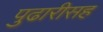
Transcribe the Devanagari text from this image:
पुढारीसह